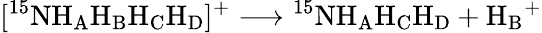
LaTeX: [^{15}\mathrm{NH_{A}H_{B}H_{C}H_{D}}]^{+}\longrightarrow\mathrm{^{15}NH_{A}H_{C}H_{D}}+\mathrm{H_{B}}^{+}